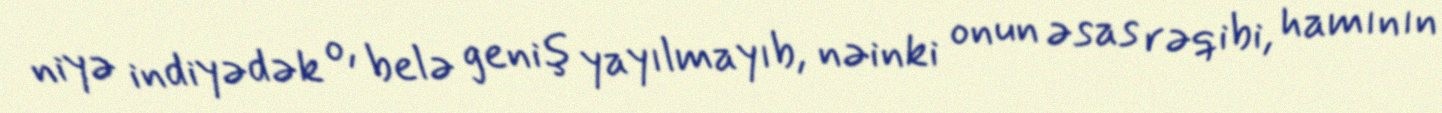
niyə indiyədək o, belə geniş yayılmayıb, nəinki onun əsas rəqibi, hamının